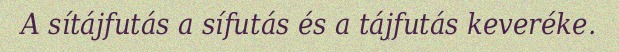
A sítájfutás a sífutás és a tájfutás keveréke.